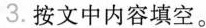
3.按文中内容填空。